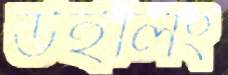
উইলিং